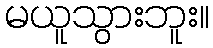
မယူသွားဘူး။